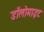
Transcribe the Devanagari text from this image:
डॉलोमाइट